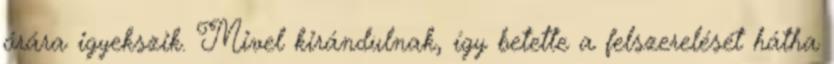
órára igyekszik. Mivel kirándulnak, így betette a felszerelését hátha